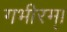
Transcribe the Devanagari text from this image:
गभीरम्।